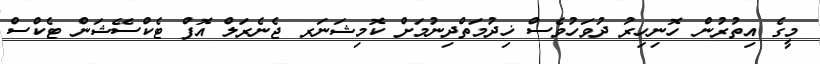
މީގެ އިތުރުން ހޮނިހިރު ދުވަހުވެސް ޚިދުމަތްދިނުމަށް ކޮމިޝަނަރ ޖެނެރަލް އޮފް ޓެކްސޭޝަން ޓެކްސް